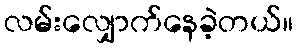
လမ်းလျှောက်နေခဲ့တယ်။